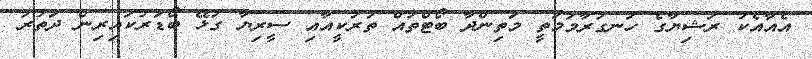
އެއާއެކު ރަޝިޔާގެ ހަނގުރާމަމަތީ މަތިންދާ ބޯޓްތައް ތުރުކީއާއި ސީރިޔާ ގުޅޭ ބޯޑަރުކައިރިން ދަތުރު